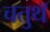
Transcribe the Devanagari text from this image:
चतुथॅ